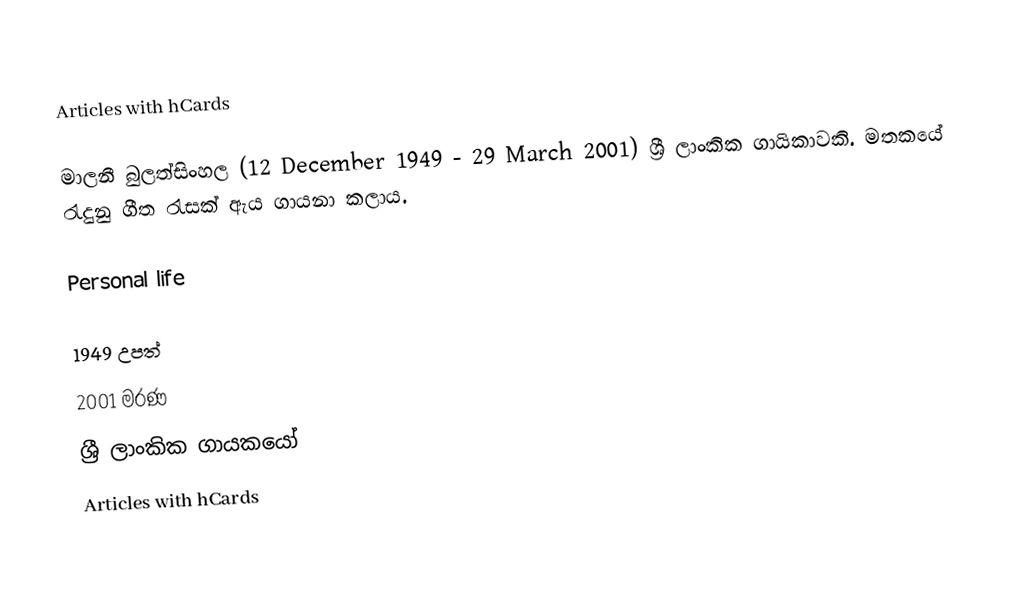
Articles with hCards

මාලනී බුලත්සිංහල (12 December 1949 - 29 March 2001) ශ්‍රී ලාංකික ගායිකාවකි. මතකයේ රැදුනු ගීත රැසක් ඇය ගායනා කලාය.

Personal life

1949 උපත්
2001 මරණ
ශ්‍රී ලාංකික ගායකයෝ
Articles with hCards